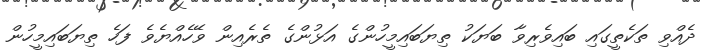
ދެއްވި ތަކެތީގައި ބައިވެރިވާ ބަޔަކު ތިޔަބައިމީހުންގެ އަޅުންގެ ތެރެއިން ވޭހެއްޔެވެ ފަހެ ތިޔަބައިމީހުން